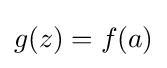
g(z)=f(a)